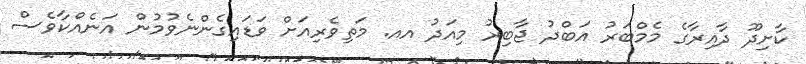
ކާށިދޫ ދާއިރާގެ މެމްބަރު އަބްދު ޖާބިރު މިއަދު އއ. މަތިވެރިއަށް ވަޑައިގެންނެވުމުން އަނެއްކާވެސް